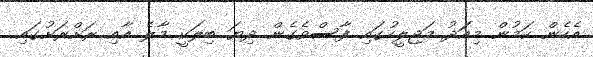
އެހެން ކަމުން މިއަަދު މަޖިލީހުގައި ފާސްވެގެން ދިޔަ ބިލަކީ މާލެ އާއި ރަށްރަށުގައި